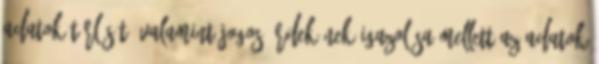
adatok törlését, valamint jogos érdekének igazolása mellett az adatok